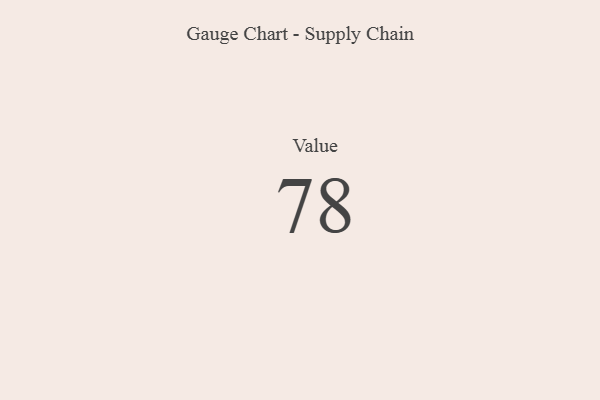
{"axis": {"x": "Metric", "y": "Value"}, "legend": [""], "data": [{"x": "Value", "y": 78, "type": ""}]}